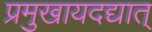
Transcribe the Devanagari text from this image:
प्रमुखायदद्यात्